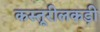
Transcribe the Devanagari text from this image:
कस्तूरीलकड़ी